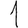
Digit: 1